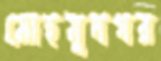
মোহমুদগর